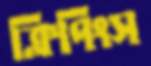
ক্লিপিংস